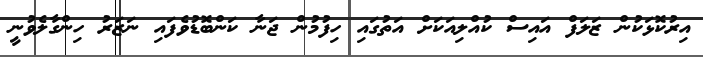
އިރުކޮޅަކުން ޒަލަފް އައިސް ކުއްލިއަކަށް އަތުގައި ހިފުމުން ޖަނާ ކަންބޮޑުވެފައި ނަޒަރު ހިންގާލެވުނީ